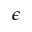
\epsilon